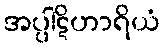
အပ္ပါဋိဟာရိယံ